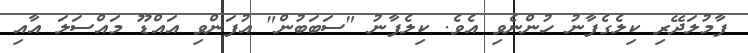
ފާމުލަދޭރި ކިލެގެފާނު ހުންނެވި އެވެ. ކިލެފާނު "ސަބަބުން" އުފަންވި އައްޑޫ މައްސަލަ އާއި